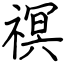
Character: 䄙